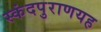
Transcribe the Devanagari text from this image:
स्कंदपुराणयह